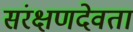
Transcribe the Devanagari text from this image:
संरक्षणदेवता